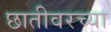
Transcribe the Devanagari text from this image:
छातीवरच्या